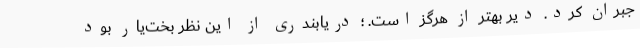
جبران کرد. دیر بهتر از هرگز است. ؛ دریابندری از این نظر بخت‌یار بود